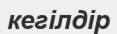
кегілдір